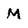
Character: M